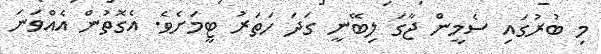
މި ބުރުގައި ސެމީން ޖާގަ ލިބޭނީ ގަދަ ހަތަރު ޓީމަށެވެ. އެގޮތުން އެއްވަނަ